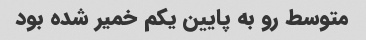
متوسط رو به پایین یکم خمیر شده بود